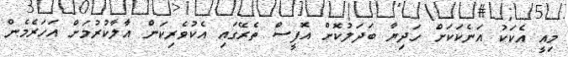
މިއީ އެކަކު އަނެކަކަށް ހަދިޔާ ބަދަލުކޮށް އޮފީސް ތެރޭގައި އެކުވެރިކަން އާލާކުރުމަށް އަހަރެމެން